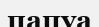
папуа